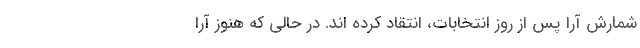
شمارش آرا پس از روز انتخابات، انتقاد کرده اند. در حالی که هنوز آرا